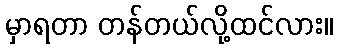
မှာရတာ တန်တယ်လို့ထင်လား။